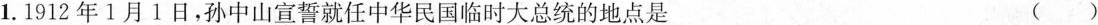
1.1912年1月1日，孙中山宣誓就任中华民国临时大总统的地点是 ()